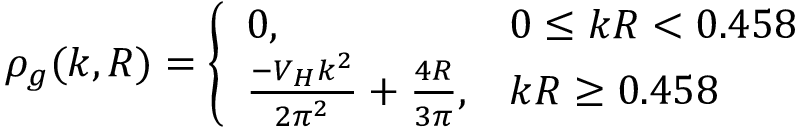
\rho _ { g } ( k , R ) = \left\{ \begin{array} { l l } { { 0 , } } & { { 0 \leq k R < 0 . 4 5 8 } } \\ { { \frac { - V _ { H } k ^ { 2 } } { 2 \pi ^ { 2 } } + \frac { 4 R } { 3 \pi } , } } & { { k R \geq 0 . 4 5 8 } } \end{array} \right.